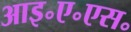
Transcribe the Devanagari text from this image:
आइ॰ए॰एस॰